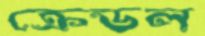
ক্রেডল